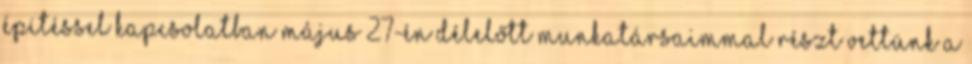
építéssel kapcsolatban május 27-én délelőtt munkatársaimmal részt vettünk a